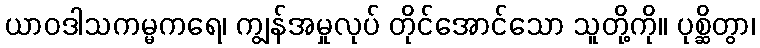
ယာဝဒါသကမ္မကရေ၊ ကျွန်အမှုလုပ် တိုင်အောင်သော သူတို့ကို။ ပုစ္ဆိတွာ၊